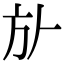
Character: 㫃